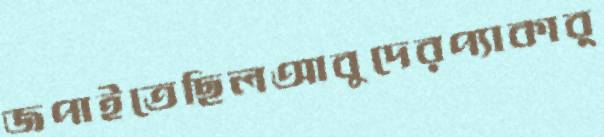
জপাইতেছিলআবুদেরপ্যাকার্